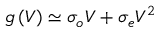
g \left( V \right) \simeq \sigma _ { o } V + \sigma _ { e } V ^ { 2 }